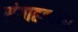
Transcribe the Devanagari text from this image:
संग्राहकांना